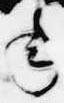
年